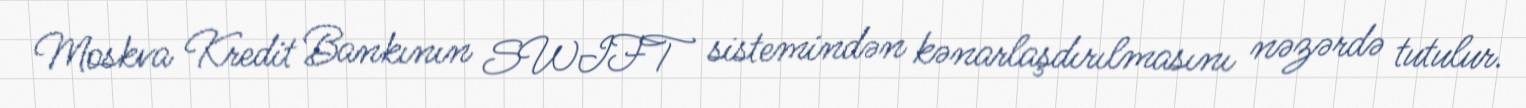
Moskva Kredit Bankının SWIFT sistemindən kənarlaşdırılmasını nəzərdə tutulur.